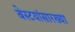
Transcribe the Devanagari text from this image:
बेस्टयांसारख्या